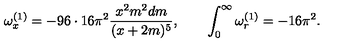
\omega _ { x } ^ { ( 1 ) } = - 9 6 \cdot 1 6 \pi ^ { 2 } { \frac { x ^ { 2 } m ^ { 2 } d m } { ( x + 2 m ) ^ { 5 } } } , \quad \quad \int _ { 0 } ^ { \infty } \omega _ { r } ^ { ( 1 ) } = - 1 6 \pi ^ { 2 } .